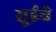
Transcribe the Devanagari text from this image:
सुईचे